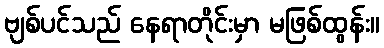
ဗျစ်ပင်သည် နေရာတိုင်းမှာ မဖြစ်ထွန်း။